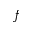
f